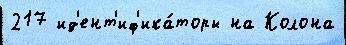
217 ид'ент'иф'ика́торы на Колона